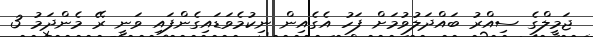
ޖަމީލްގެ ސިއްރު ބައްދަލުވުމަށް ފަހު އެގެއިން ނިކުމެވަޑައިގެންފައި ވަނީ ރޭ މެންދަމު 3